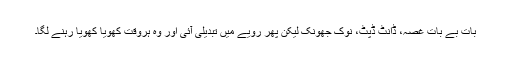
بات بے بات غصّہ، ڈانٹ ڈپٹ، نوک جھونک لیکن پھر رویّے میں تبدیلی آئی اور وہ ہروقت کھویا کھویا رہنے لگا۔